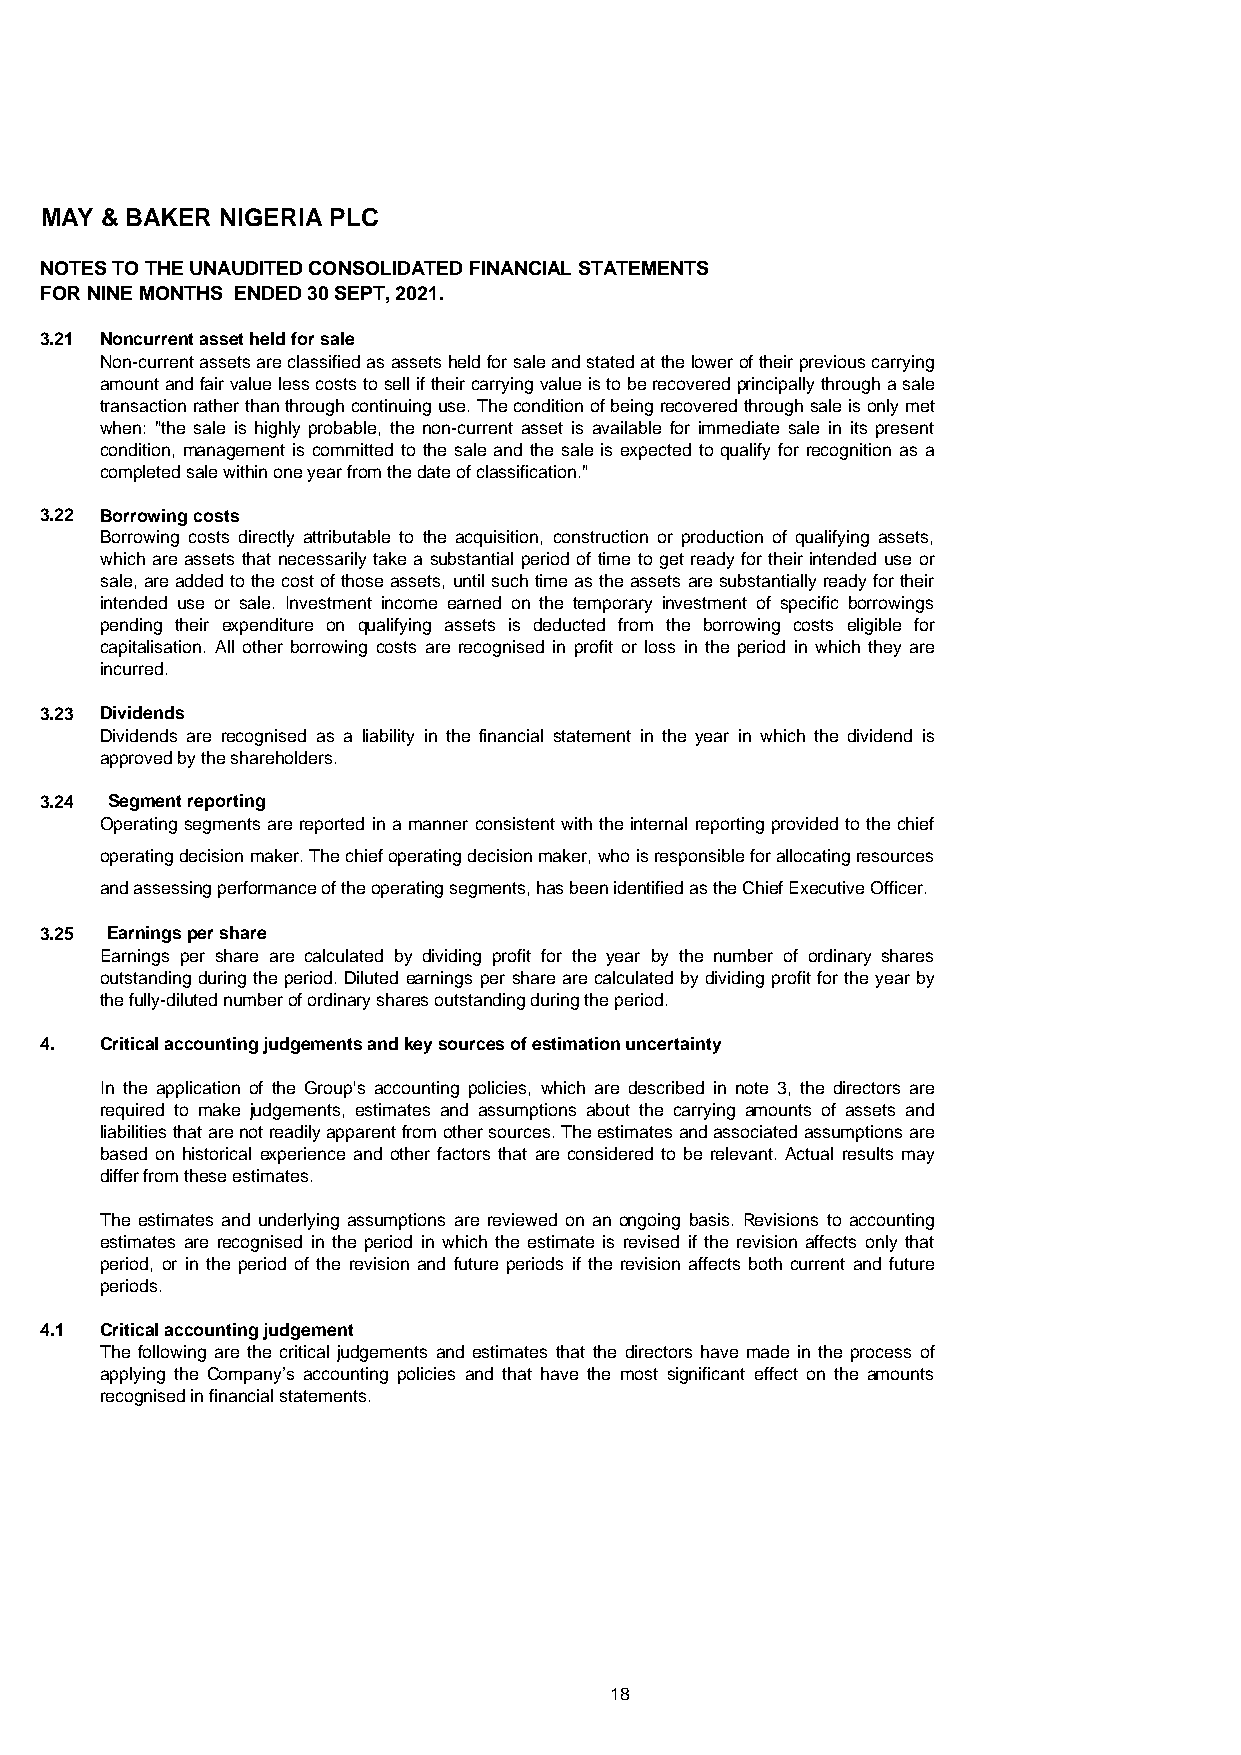
MAY & BAKER NIGERIA PLC
 NOTES TO THE UNAUDITED CONSOLIDATED FINANCIAL STATEMENTS
 FOR NINE MONTHS ENDED 30 SEPT, 2021.
 3.21 Noncurrent asset held for sale
 Non-currentassetsareclassifiedasassetsheldforsaleandstatedattheloweroftheirpreviouscarrying
 amountandfairvaluelesscoststoselliftheircarryingvalueistoberecoveredprincipallythroughasale
 transactionratherthanthroughcontinuinguse.Theconditionofbeingrecoveredthroughsaleisonlymet
 when: "the sale is highly probable, the non-current asset is available for immediate sale in its present
 condition, management is committed to the sale and the sale is expected to qualify for recognition as a
 completed sale within one year from the date of classification."
 3.22 Borrowing costs
 Borrowing costs directly attributable to the acquisition, construction or production of qualifying assets,
 which are assets that necessarily take a substantial period of time to get ready for their intended use or
 sale,areaddedtothecostofthoseassets,untilsuchtimeastheassetsaresubstantiallyreadyfortheir
 intended use or sale. Investment income earned on the temporary investment of specific borrowings
 pending their expenditure on qualifying assets is deducted from the borrowing costs eligible for
 capitalisation. All other borrowing costs are recognised in profit or loss in the period in which they are
 incurred.
 3.23 Dividends
 Dividends are recognised as a liability in the financial statement in the year in which the dividend is
 approved by the shareholders.
 3.24 Segment reporting
 Operating segments are reported in a manner consistent with the internal reporting provided to thechief
 operatingdecisionmaker.Thechiefoperatingdecisionmaker,whoisresponsibleforallocatingresources
 and assessing performance of the operating segments, has been identified as the Chief Executive Officer.
 3.25 Earnings per share
 Earnings per share are calculated by dividing profit for the year by the number of ordinary shares
 outstanding duringtheperiod. Diluted earnings per shareare calculated by dividingprofit for the year by
 the fully-diluted number of ordinary shares outstanding during the period.
 4.  Critical accounting judgements and key sources of estimation uncertainty
 In the application of the Group's accounting policies, which are described in note 3, the directors are
 required to make judgements, estimates and assumptions about the carrying amounts of assets and
 liabilitiesthatarenotreadilyapparentfromothersources.Theestimatesandassociatedassumptionsare
 based on historical experience and other factors that are considered to be relevant. Actual results may
 differ from these estimates.
 The estimates and underlying assumptions are reviewed on an ongoing basis. Revisions to accounting
 estimates are recognised in the period in which the estimate is revised if the revision affects only that
 period, or in the period of the revision and future periods if the revision affects both current and future
 periods.
 4.1 Critical accounting judgement
 The following are the critical judgements and estimates that the directors have made in the process of
 applying the Company’s accounting policies and that have the most significant effect on the amounts
 recognised in financial statements.
 18